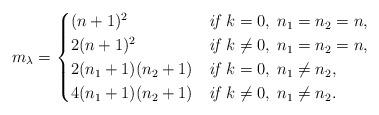
LaTeX: \begin{align*}m_\lambda = \begin{cases} (n+1)^2 &\textit{if}\;\, k = 0, \; n_1 = n_2 = n,\\2(n+1)^2 &\textit{if}\;\, k \neq 0, \; n_1 = n_2 = n,\\2(n_1+1)(n_2+1) &\textit{if}\;\, k = 0, \; n_1 \neq n_2,\\4(n_1+1)(n_2+ 1) &\textit{if}\;\, k\neq 0, \; n_1 \neq n_2.\end{cases}\end{align*}